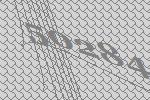
50284